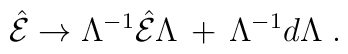
\hat{\cal E} \rightarrow  \Lambda^{-1}\hat{\cal E}\Lambda\,+\, \Lambda^{-1}d\Lambda \; .